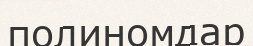
полиномдар